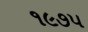
૧૯૭૫